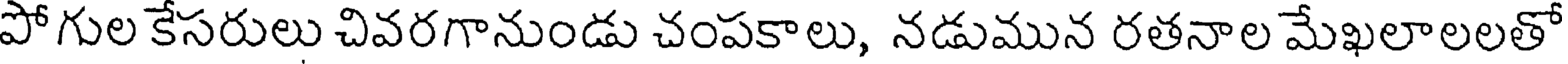
పోగుల కేసరులు చివరగానుండు చంపకాలు, నడుమున రతనాల మేఖలాలలతో